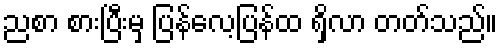
ညစာ စားပြီးမှ ပြန်လေ့ပြန်ထ ရှိလာ တတ်သည်။